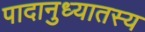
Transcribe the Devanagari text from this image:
पादानुध्यातस्य